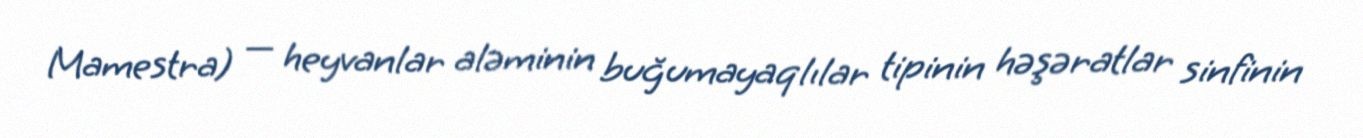
Mamestra) — heyvanlar aləminin buğumayaqlılar tipinin həşəratlar sinfinin